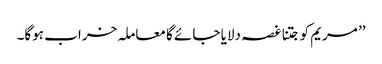
’’ مریم کو جتنا غصہ دلایا جائے گا معاملہ خراب ہوگا۔